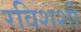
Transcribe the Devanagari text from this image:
रविशशी